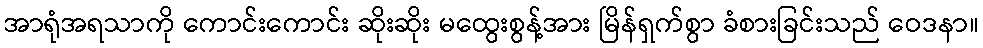
အာရုံအရသာကို ကောင်းကောင်း ဆိုးဆိုး မထွေးစွန့်အား မြိန်ရှက်စွာ ခံစားခြင်းသည် ဝေဒနာ။